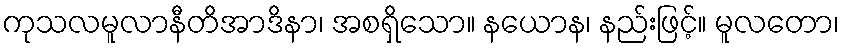
ကုသလမူလာနီတိအာဒိနာ၊ အစရှိသော။ နယောန၊ နည်းဖြင့်။ မူလတော၊